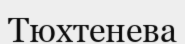
Тюхтенева